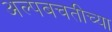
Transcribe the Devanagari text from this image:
अल्पबचतीच्या